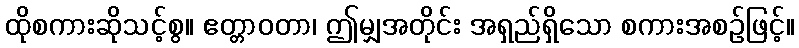
ထိုစကားဆိုသင့်စွ။ ဧတ္တာဝတာ၊ ဤမျှအတိုင်း အရှည်ရှိသော စကားအစဉ်ဖြင့်။